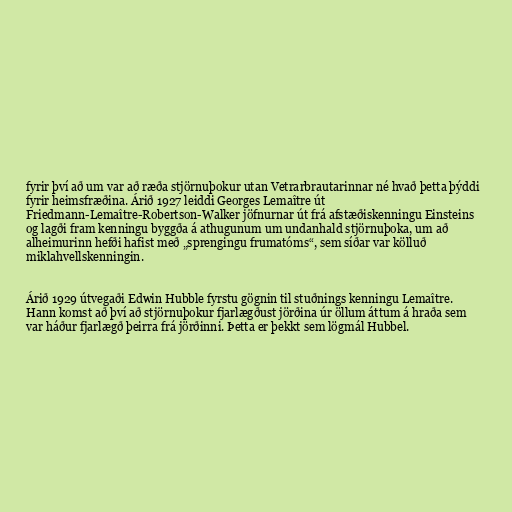
fyrir því að um var að ræða stjörnuþokur utan Vetrarbrautarinnar né hvað þetta þýddi
fyrir heimsfræðina. Árið 1927 leiddi Georges Lemaître út
Friedmann-Lemaître-Robertson-Walker jöfnurnar út frá afstæðiskenningu Einsteins
og lagði fram kenningu byggða á athugunum um undanhald stjörnuþoka, um að
alheimurinn hefði hafist með „sprengingu frumatóms“, sem síðar var kölluð
miklahvellskenningin.

Árið 1929 útvegaði Edwin Hubble fyrstu gögnin til stuðnings kenningu Lemaître.
Hann komst að því að stjörnuþokur fjarlægðust jörðina úr öllum áttum á hraða sem
var háður fjarlægð þeirra frá jörðinni. Þetta er þekkt sem lögmál Hubbel.